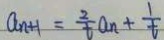
a _ { n + 1 } = \frac { 2 } { t } a _ { n } + \frac { 1 } { t }